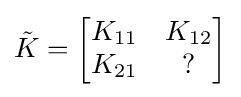
{\textstyle {\tilde {K}}={\begin{bmatrix}K_{11}&K_{12}\\K_{21}&?\end{bmatrix}}}